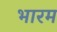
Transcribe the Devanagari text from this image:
भारम